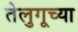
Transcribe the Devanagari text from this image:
तेलुगूच्या